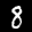
Label: 8